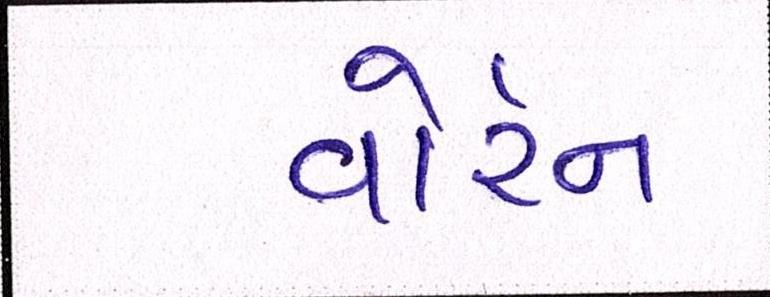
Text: વોરેન